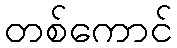
တစ်ကောင်